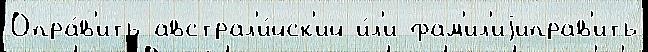
Опра́в'ить австрал'и́йск'ий и́л'и фам'ил'иjиправ'ить